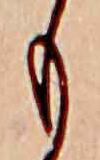
も